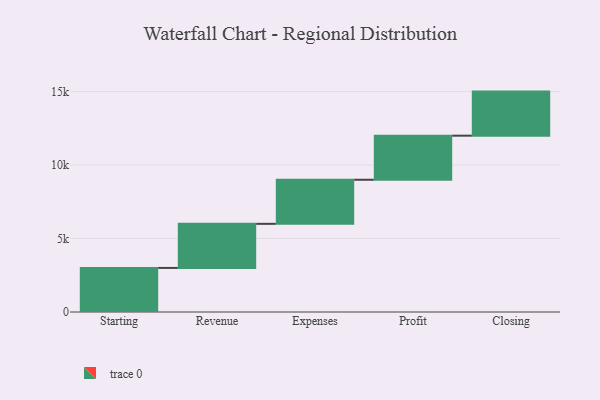
{"axis": {"x": "Step", "y": "Value"}, "legend": [""], "data": [{"x": "Starting", "y": 3000, "type": ""}, {"x": "Revenue", "y": 3000, "type": ""}, {"x": "Expenses", "y": 3000, "type": ""}, {"x": "Profit", "y": 3000, "type": ""}, {"x": "Closing", "y": 3000, "type": ""}]}